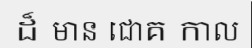
ដ៏ មាន ជោគ កាល